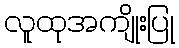
လူထုအကျိုးပြု